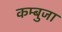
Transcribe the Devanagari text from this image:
कम्बुजा